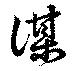
謀